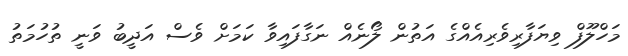
މަހްލޫފް ވިޔަފާރިވެރިއެއްގެ އަތުން ލޯނެއް ނަގާފައިވާ ކަމަށް ވެސް އަދީބު ވަނީ ތުހުމަތު